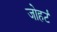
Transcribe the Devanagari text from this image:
जोहर्ट